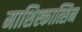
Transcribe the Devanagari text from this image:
माशिश्कात्सिन